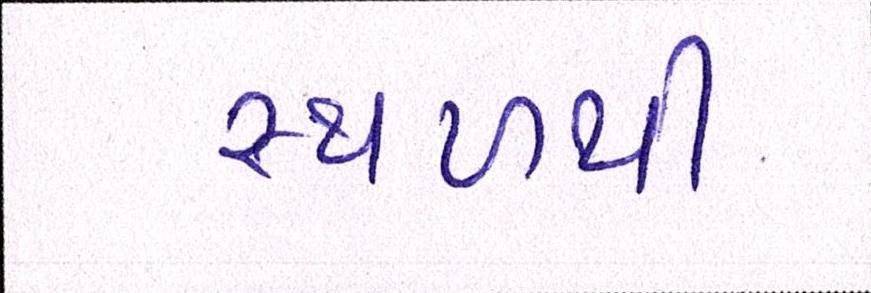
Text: સ્થળથી